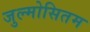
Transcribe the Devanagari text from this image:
जुल्मोसितम